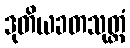
ဒုတိယခတသုတ္တံ